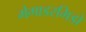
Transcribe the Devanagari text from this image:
मेगाडरमिडो